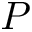
P